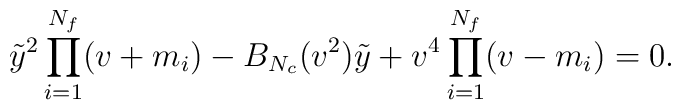
\tilde{y}^2\prod_{i=1}^{N_f}(v+m_i)-B_{N_c}(v^2)\tilde{y}+v^4\prod_{i=1}^{N_f}(v-m_i)=0.